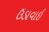
ઉડાવાઈ